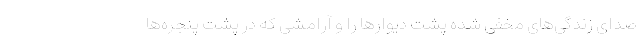
صدای زندگی‌های مخفی شده پشت دیوار‌ها را و آرامشی که در پشت پنجره‌ها